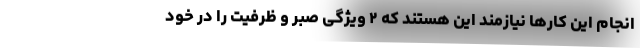
انجام این کارها نیازمند این هستند که ۲ ویژگی صبر و ظرفیت را در خود